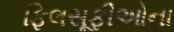
ફિલસૂફીઓના